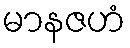
မာနဇဟံ